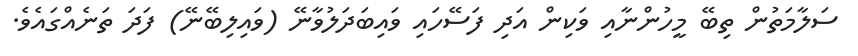
ސަލާމަތުން ތިބޭ މީހުންނާއި ވަކިން އަދި ފަސޭހައި ވައިބަދަލުވާނޭ (ވައިލިބޭނޭ) ފަދަ ތަނެއްގައެވެ.